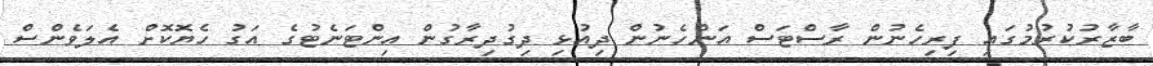
ބާޒާރުކުރުމުގައި ފިރިހެނުން ރާސްޓަސް އަންހެނުން ދިއުޅި ދިގުދިރާގުން އިންޓަނެޓުގެ އަގު ހެޔޮކޮށް އެލަވެންސް